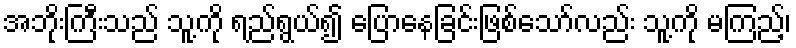
အဘိုးကြီးသည် သူ့ကို ရည်ရွယ်၍ ပြောနေခြင်းဖြစ်သော်လည်း သူ့ကို မကြည့်၊